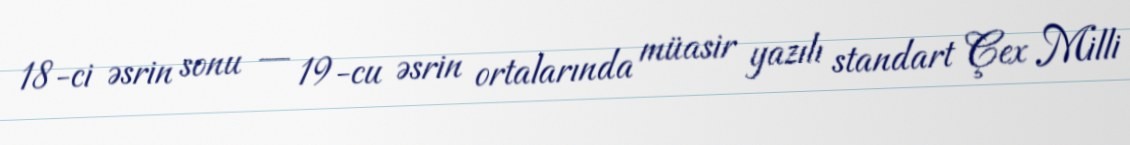
18-ci əsrin sonu — 19-cu əsrin ortalarında müasir yazılı standart Çex Milli